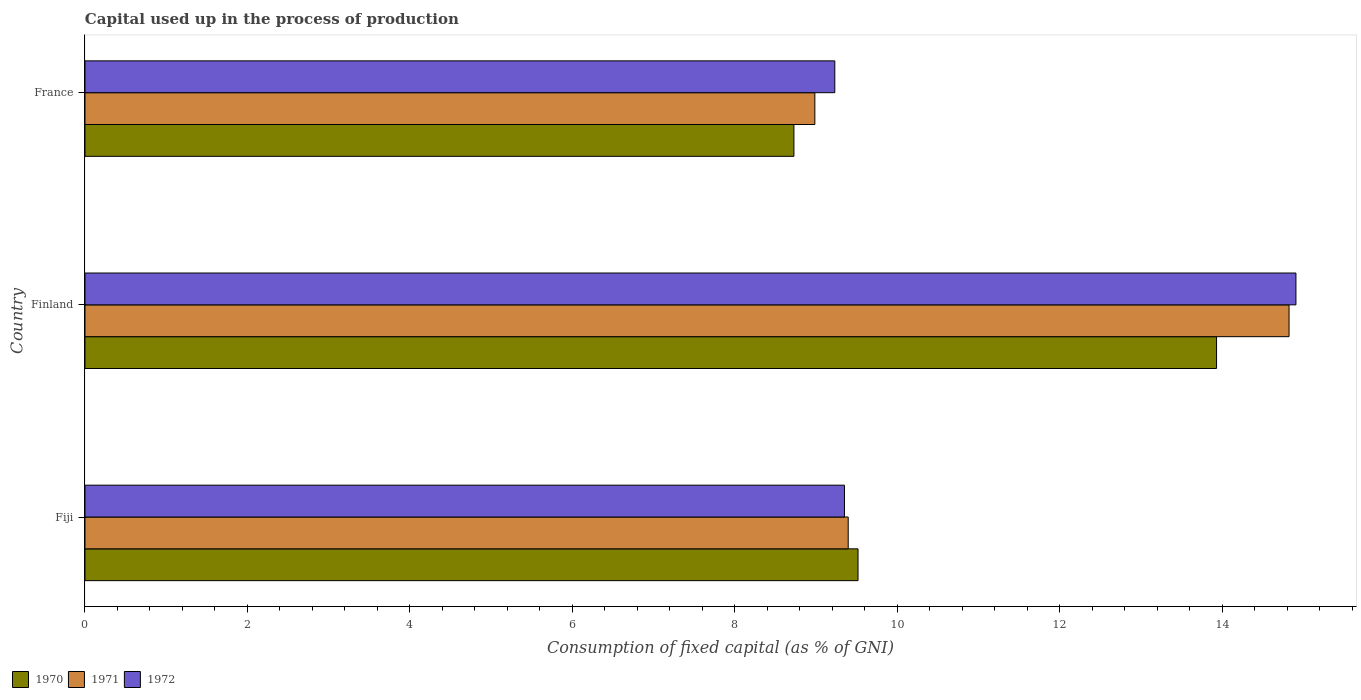
| Country | 1970 | 1971 | 1972 |
 | --- | --- | --- | --- |
 | Fiji | 9.52 | 9.39 | 9.35 |
 | Finland | 13.9 | 14.8 | 14.9 |
 | France | 8.73 | 8.98 | 9.23 |